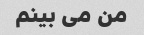
من می بینم